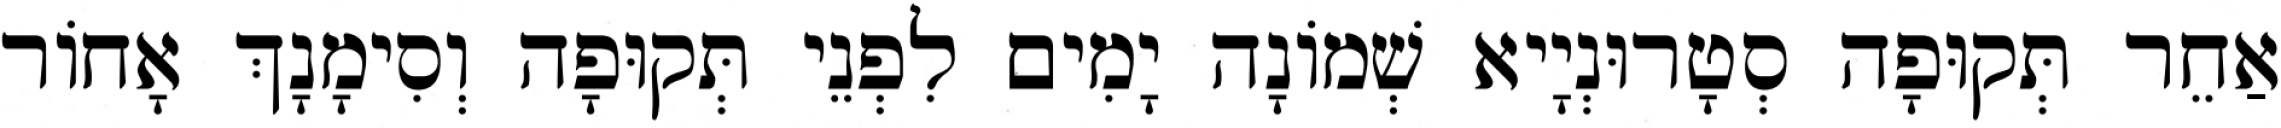
אַחֵר תְּקוּפָה סְטָרוּנְיָיא שְׁמוֹנָה יָמִים לִפְנֵי תְּקוּפָה וְסִימָנָךְ אָחוֹר